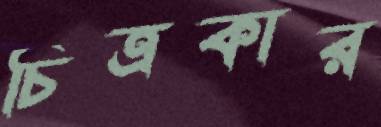
চিত্রকার